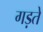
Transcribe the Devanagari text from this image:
गड़ते